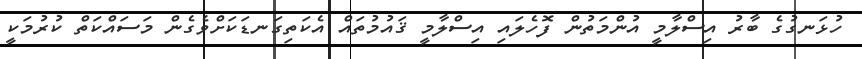
ހުޅަނގުގެ ބާރު އިސްލާމީ އުންމަތުން ފޮހެލައި އިސްލާމީ ޤައުމުތައް އެކަތިގަނޑަކަށްވެގެން މަސައްކަތް ކުރުމަކީ